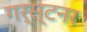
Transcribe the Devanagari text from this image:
गर्स्टनर